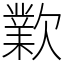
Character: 㱉